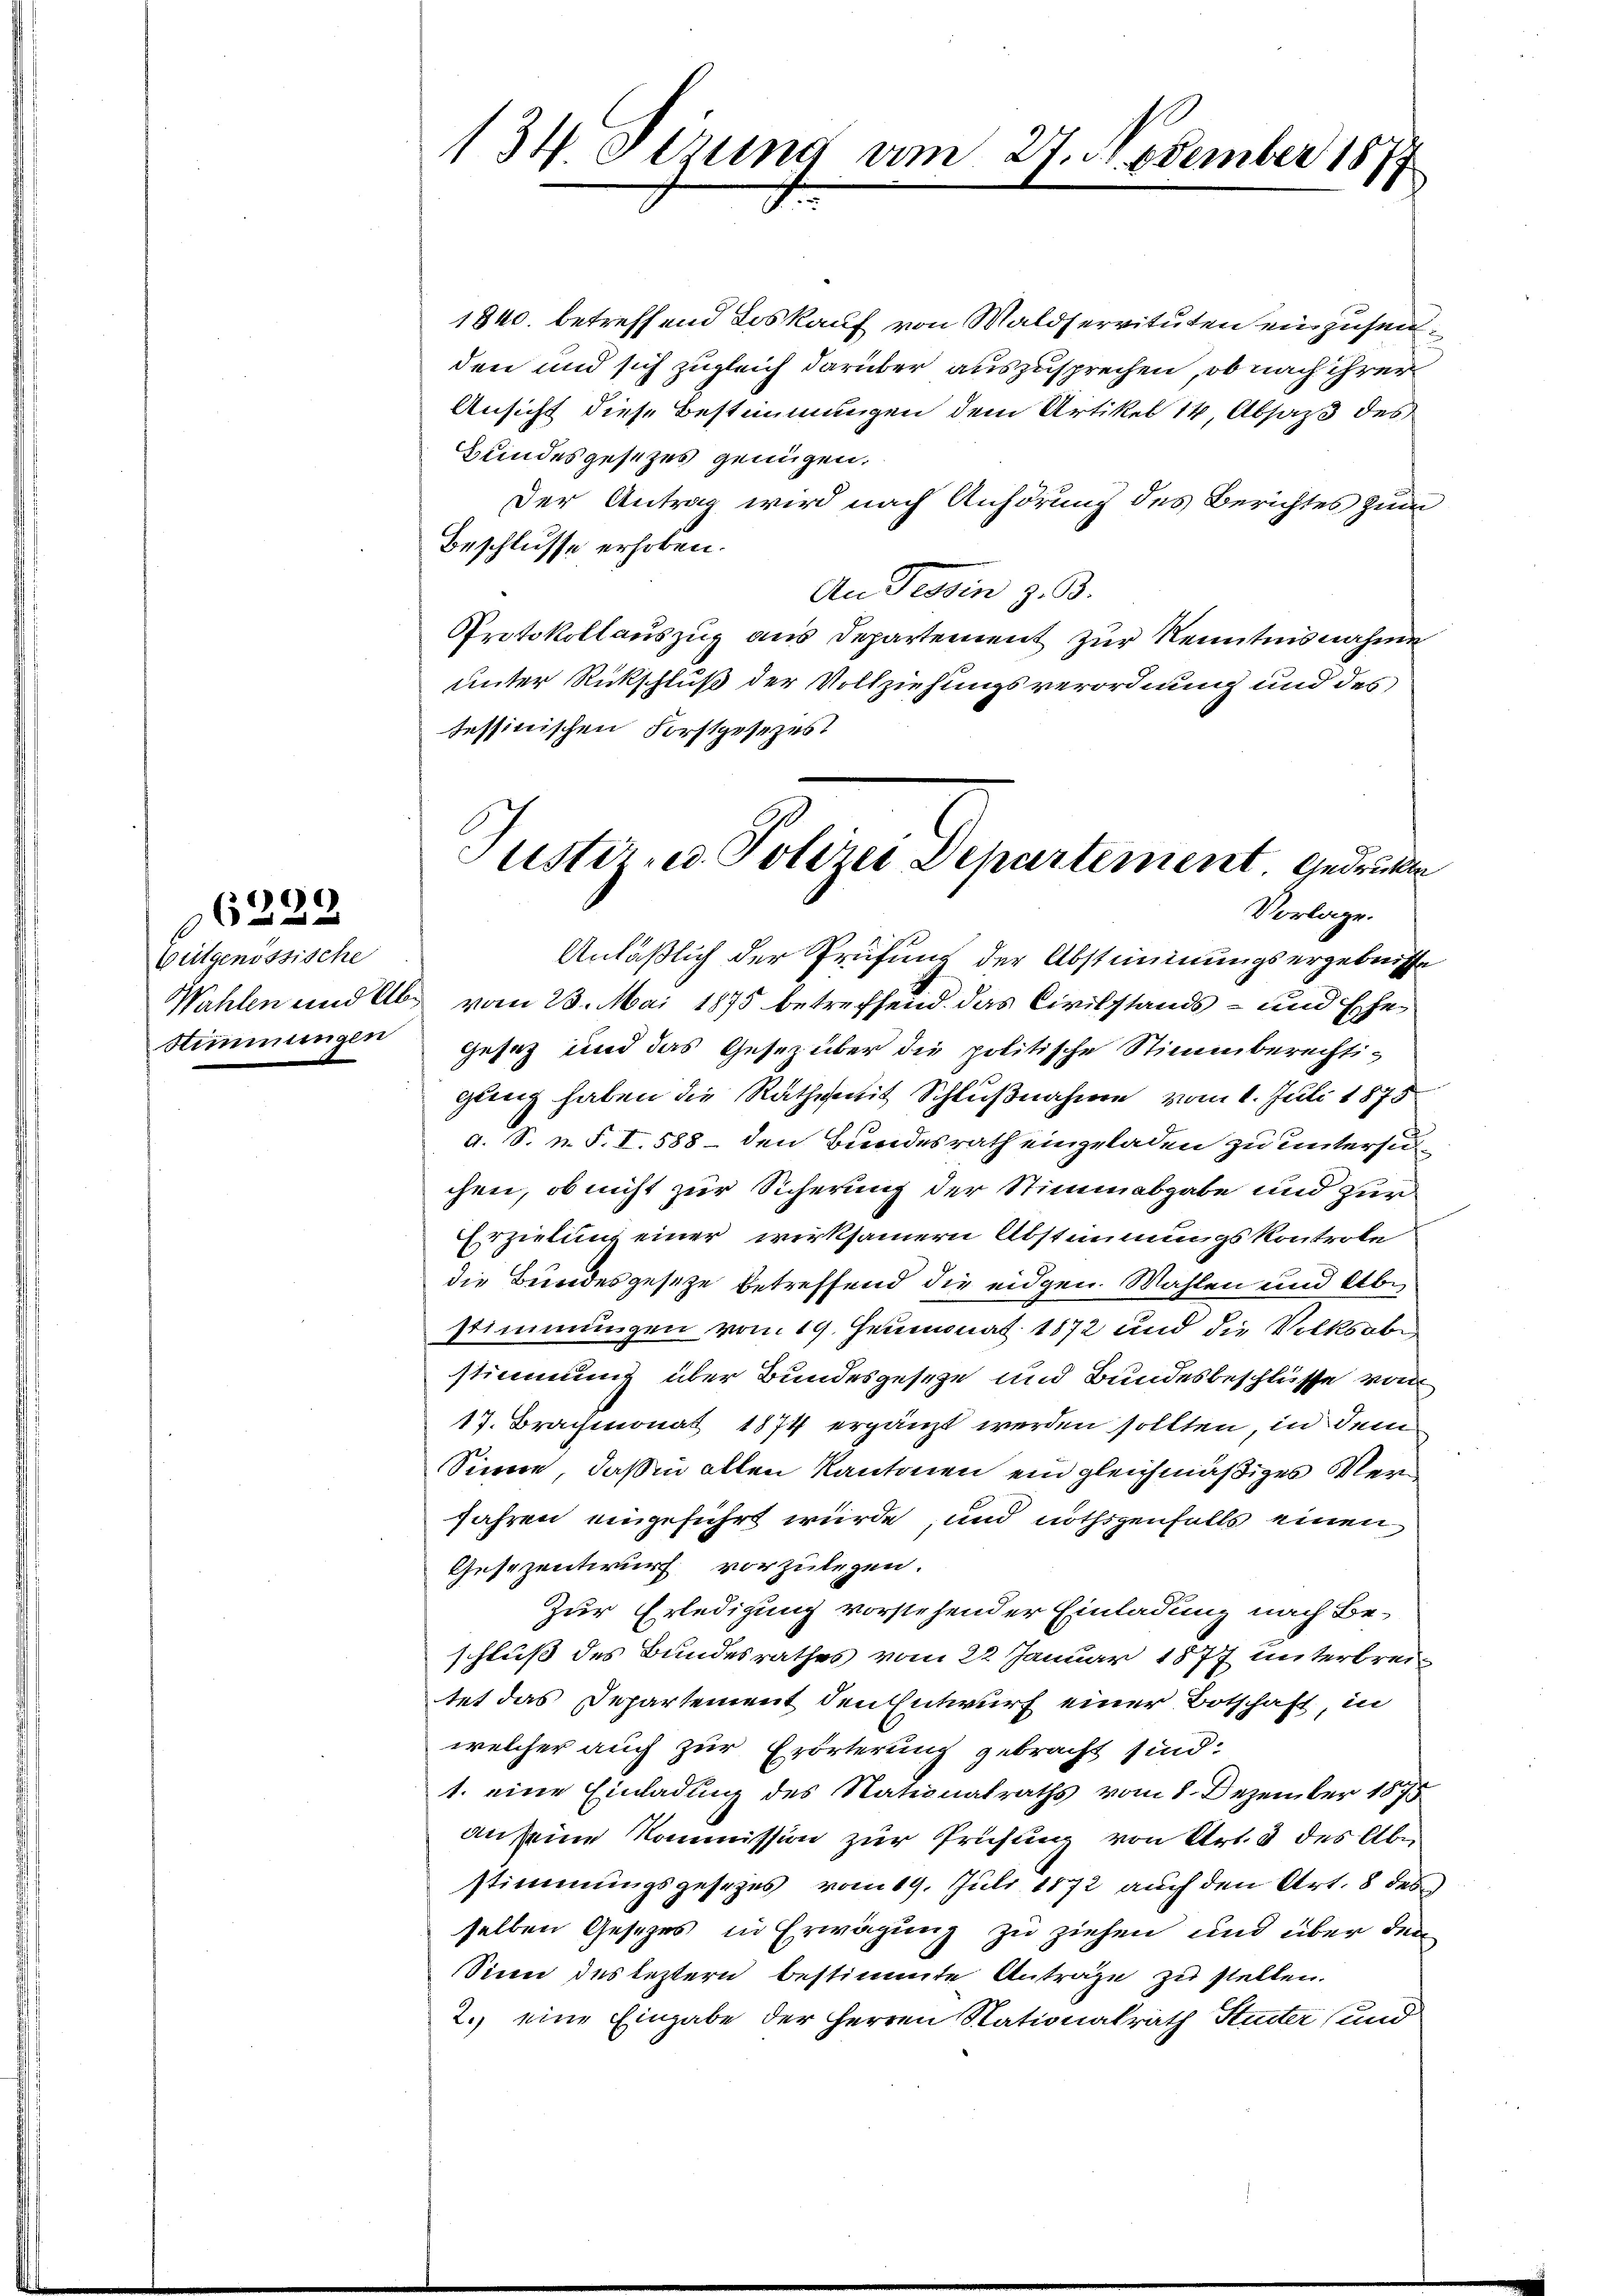
Wütgenössische

6222

1840. betreffend Loskauf von Waldservituten einzusenden und sich zugleich darüber auszusprechen, ob nach ihrer
Ansicht diese Bestimmungen dem Artikel 14, Absaz des
Bundesgesezes genügen.
Der Antrag wird nach Anhörung des Berichtes zum
Beschlusse erhoben.
An Tessin z. B.
Protokollauszug aus Departement zur Kenntnisnahme
unter Rückschluß der Vollziehungsverordnung und des
sessinischen Forstgesezes
Anläßlich der Prüfung der Abstimmungsergebnisse
Wahlen und Aber vom 23. Mai 1875 betreffend das Civilstands- und Ehe
Stimmungen gesetz und das Gesez über die politische Stimmberechtigung haben die Räthe mit Schlußnahme vom 1. Juli 1875
d. S. v. S. I. 588 - den Bundesrath eingeladen zu untersuchen, ob nicht zur Sicherung der Stimmabgabe und zur
Erzielung einer wirksamern Abstimmungskontrole
die Bundesgesetze betreffend die eidgen. Mahlen und Abstimmungen vom 19. Heumonat 1872 und die Volksabe
stimmung über Bundesgeseze und Bundesbeschlüsse vom
17. Brachmonat 1874 ergänzt werden sollten, in dem
Sinne, daß in allen Kantonen ein gleichmäßiges Ver¬
Jahren eingeführt würde, und nöthigenfalls einen
Gesezentwurf vorzulegen.
Zur Erledigung vorstehender Einladung nach Be-
schluß des Bundesrathes vom 22 Januar 1877 unterbreitet das Departement den Entwurf einer Botschaft in
welcher auch zur Erörterung gebracht sind.
1. eine Einladung des Nationalraths vom 8. Dezember 1875
an seine Kommission zur Prüfung von Art. 3 des Aber
stimmungsgesetzes vom 19. Juli 1872 auch den Art. 8 des
selben Gesetzes in Erwägung zu ziehen und über den
Sinn des leztern bestimmte Anträge zu stellen.
2. eine Eingabe der Herren Nationalrath Seiter und

134. Stzung vom 27. November 1877

Justiz- u. Polizei Departement gedruckte
Vorlage.